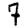
Digit: 7